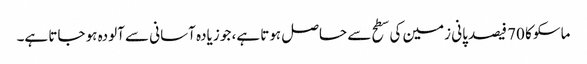
ماسکو کا 70 فیصد پانی زمین کی سطح سے حاصل ہوتا ہے، جو زیادہ آسانی سے آلودہ ہو جاتا ہے۔